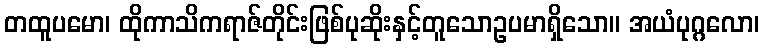
တထူပမော၊ ထိုကာသိကရာဇ်တိုင်းဖြစ်ပုဆိုးနှင့်တူသောဥပမာရှိသော။ အယံပုဂ္ဂလော၊